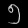
Digit: ၅